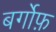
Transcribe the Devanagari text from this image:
बर्गोफ़